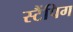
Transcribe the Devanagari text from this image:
स्टैंपिग